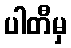
ပါတီမှ